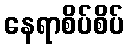
နေရာစိပ်စိပ်